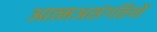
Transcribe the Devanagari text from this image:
आत्मअसंगतियों